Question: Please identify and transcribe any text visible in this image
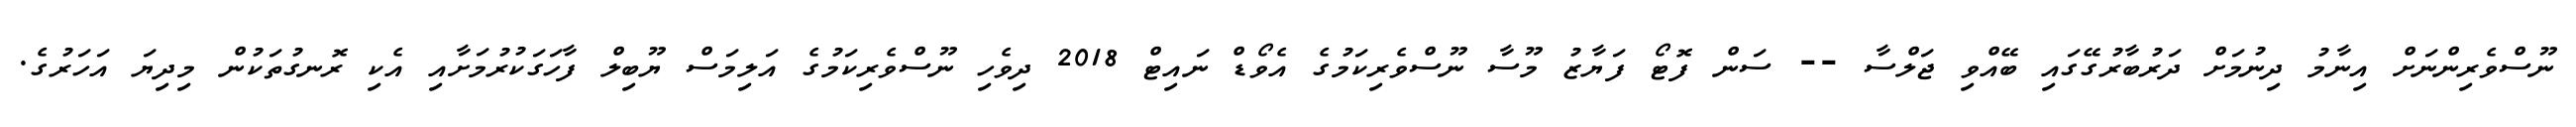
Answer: ނޫސްވެރިންނަށް އިނާމު ދިނުމަށް ދަރުބާރުގޭގައި ބޭއްވި ޖަލްސާ -- ސަން ފޮޓޯ ފަޔާޒު މޫސާ ނޫސްވެރިކަމުގެ އެވޯޑް ނައިޓް 2018 ދިވެހި ނޫސްވެރިކަމުގެ އަލިމަސް ޔޫބިލް ފާހަގަކުރުމަށާއި އެކި ރޮނގުތަކުން މިދިޔަ އަހަރުގެ.